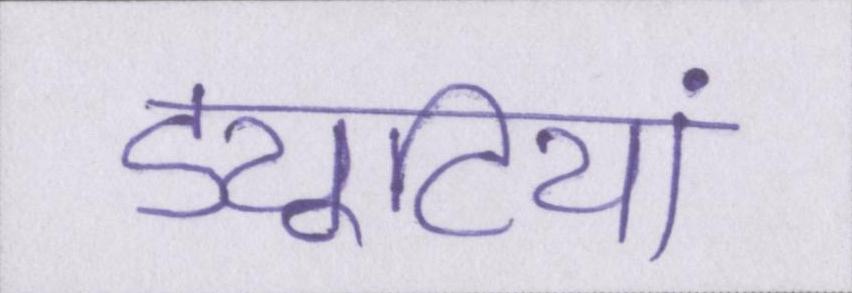
ड्यूटियां